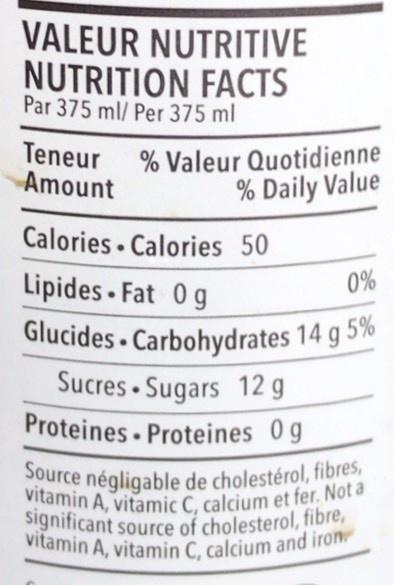
VALEUR NUTRITIVE NUTRITION FACTS Par 375 ml/ Per 375 ml
Teneur % Valeur Quotidienne Amount
% Daily Value
Calories · Calories 50
Lipides Fat 0g Glucides Carbohydrates 14 g 5% Sucres • Sugars 12 g Proteines Proteines 0g
0%
Source négligable de cholestérol, fibres, vitamin A, vitamic C, calcium et fer. Not a significant source of cholesterol, fibre, vitamin A, vitamin C, calcium and iron